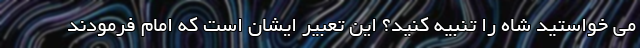
می خواستید شاه را تنبیه کنید؟ این تعبیر ایشان است که امام فرمودند